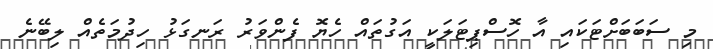
މި ސަބަބަށްޓަކައި އާ ހޮސްޕިޓަލަކީ އަގުތައް ހެޔޮ ފެންވަރު ރަނގަޅު ހިދުމަތެއް ލިބޭނެ